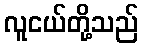
လူငယ်တို့သည်